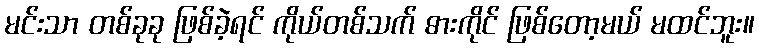
မင်းသာ တစ်ခုခု ဖြစ်ခဲ့ရင် ကိုယ်တစ်သက် ဓားကိုင် ဖြစ်တော့မယ် မထင်ဘူး။